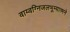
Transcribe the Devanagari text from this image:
वाय्वग्निजलभूम्यात्मने